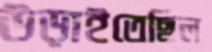
উড়াইতেছিল